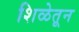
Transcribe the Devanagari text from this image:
शिळेतून